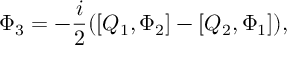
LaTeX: \Phi _ { 3 } = - \frac { i } { 2 } ( [ Q _ { 1 } , \Phi _ { 2 } ] - [ Q _ { 2 } , \Phi _ { 1 } ] ) ,